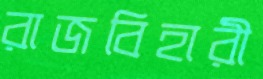
রাজবিহারী